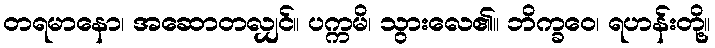
တရမာနော၊ အဆောတလျှင်။ ပက္ကမိ၊ သွားလေ၏။ ဘိက္ခဝေ၊ ရဟန်းတို့။